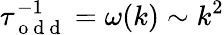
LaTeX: \tau_{\mathrm{~o~d~d~}}^{-1}=\omega(k)\sim k^{2}